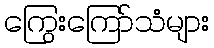
ကြွေးကြော်သံများ